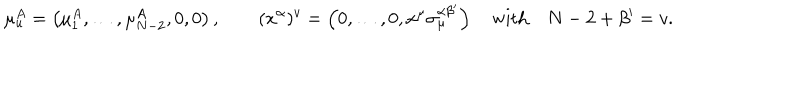
\mu _ { u } ^ { A } = \left( \mu _ { 1 } ^ { A } , \dots , \mu _ { N - 2 } ^ { A } , 0 , 0 \right) , \qquad ( x ^ { \alpha } ) ^ { v } = \left( 0 , \dots , 0 , x ^ { \mu } \sigma _ { \mu } ^ { \alpha \beta ^ { \prime } } \right) \quad \mathrm { w i t h } \quad N - 2 + \beta ^ { \prime } = v .